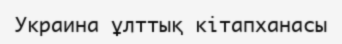
Украина ұлттық кітапханасы